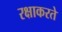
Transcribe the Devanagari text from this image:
रक्षाकरते